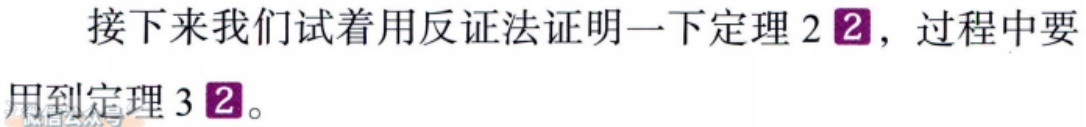
接下来我们试着用反证法证明一下定理 2\textcircled{2}，过程中要用到定理 3\textcircled{2}。